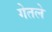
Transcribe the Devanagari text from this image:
गेतले